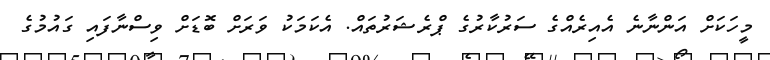
މީހަކަށް އަންނާނެ އެއިރެއްގެ ސަރުކާރުގެ ޕްރެޝަރުތައް. އެކަމަކު ވަރަށް ބޮޑަށް ވިސްނާފައި ގައުމުގެ